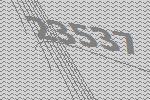
23537